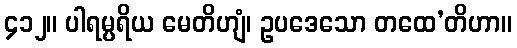
၄၁၂။ ပါရမ္ပရိယ မေတိဟျံ၊ ဥပဒေသော တထေ’တိဟာ။